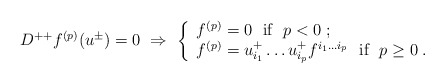
\begin{align*} D^{++}f^{(p)}(u^\pm)=0 \ \Rightarrow \ \left\{ \begin{array}{l} f^{(p)} = 0 \ \ \mbox{if}\ \ p<0\;; \\ f^{(p)} = u^+_{i_1}\ldots u^+_{i_p}f^{i_1\ldots i_p} \ \ \mbox{if}\ \ p\geq0\;. \end{array} \right.\end{align*}